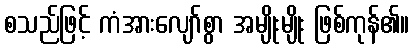
စသည်ဖြင့် ကံအားလျော်စွာ အမျိုးမျိုး ဖြစ်ကုန်၏။